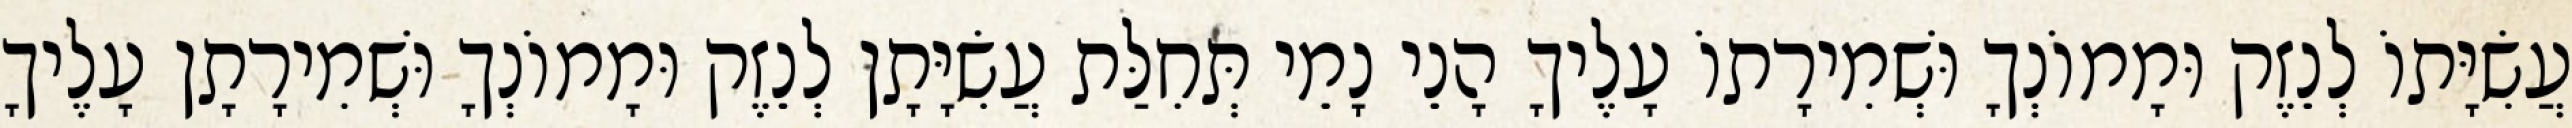
עֲשִׂיָּתוֹ לְנֵזֶק וּמָמוֹנְךָ וּשְׁמִירָתוֹ עָלֶיךָ הָנֵי נָמֵי תְּחִלַּת עֲשִׂיָּתָן לְנֵזֶק וּמָמוֹנְךָ וּשְׁמִירָתָן עָלֶיךָ